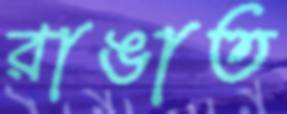
রাঙাত